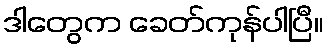
ဒါတွေက ခေတ်ကုန်ပါပြီ။